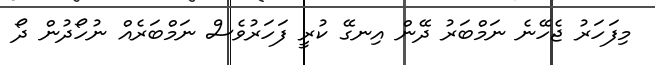
މިފަހަރު ޖެހޭނެ ނަމްބަރު ދޭން އިނގޭ ކުރީ ފަހަރުވެސް ނަމްބަރެއް ނުހޯދުން ދޯ